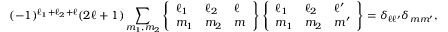
( - 1 ) ^ { \ell _ { 1 } + \ell _ { 2 } + \ell } ( 2 \ell + 1 ) \sum _ { m _ { 1 } , m _ { 2 } } \left\{ \begin{array} { l l l } { \ell _ { 1 } } & { \ell _ { 2 } } & { \ell } \\ { m _ { 1 } } & { m _ { 2 } } & { m } \end{array} \right\} \left\{ \begin{array} { l l l } { \ell _ { 1 } } & { \ell _ { 2 } } & { \ell ^ { \prime } } \\ { m _ { 1 } } & { m _ { 2 } } & { m ^ { \prime } } \end{array} \right\} = \delta _ { \ell \ell ^ { \prime } } \delta _ { m m ^ { \prime } } ,